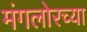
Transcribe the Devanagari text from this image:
मंगलोरच्या